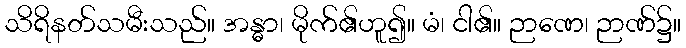
သိရိနတ်သမီးသည်။ အန္ဓာ၊ မိုက်၏ဟူ၍။ မံ၊ ငါ၏။ ဉာဏေ၊ ဉာဏ်၌။